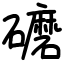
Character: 礳